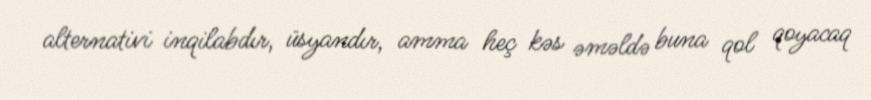
alternativi inqilabdır, üsyandır, amma heç kəs əməldə buna qol qoyacaq